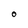
Character: O